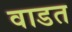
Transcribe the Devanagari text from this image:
वाडत